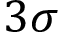
3 \sigma